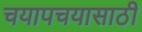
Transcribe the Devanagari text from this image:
चयापचयासाठी